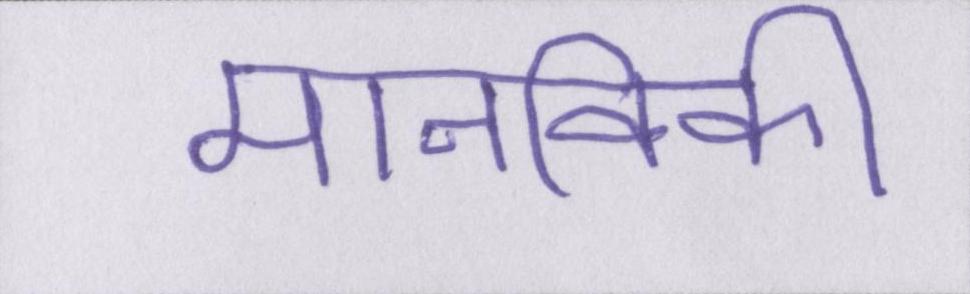
मानविकी